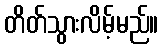
တိတ်သွားလိမ့်မည်။